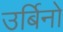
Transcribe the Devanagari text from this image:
उर्बिनो